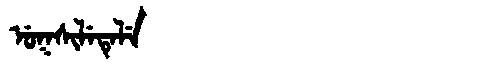
Manchu: ᡠᡴᠰᡳᠯᡝᡨᡝᠯᡝ
Romanization: UKSILETELE